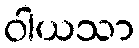
ဝါယသာ